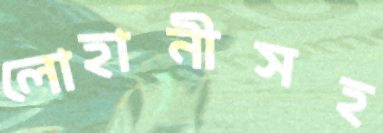
লোহানীসহ